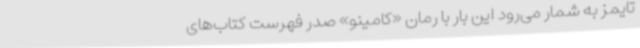
تایمز به شمار می‌رود این بار با رمان «کامینو» صدر فهرست کتاب‌های